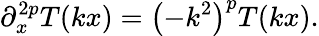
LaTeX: \partial_{x}^{2p}T(kx)=\left(-k^{2}\right)^{p}T(kx).